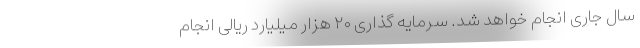
سال جاری انجام خواهد شد. سرمایه گذاری ۲۰ هزار میلیارد ریالی انجام